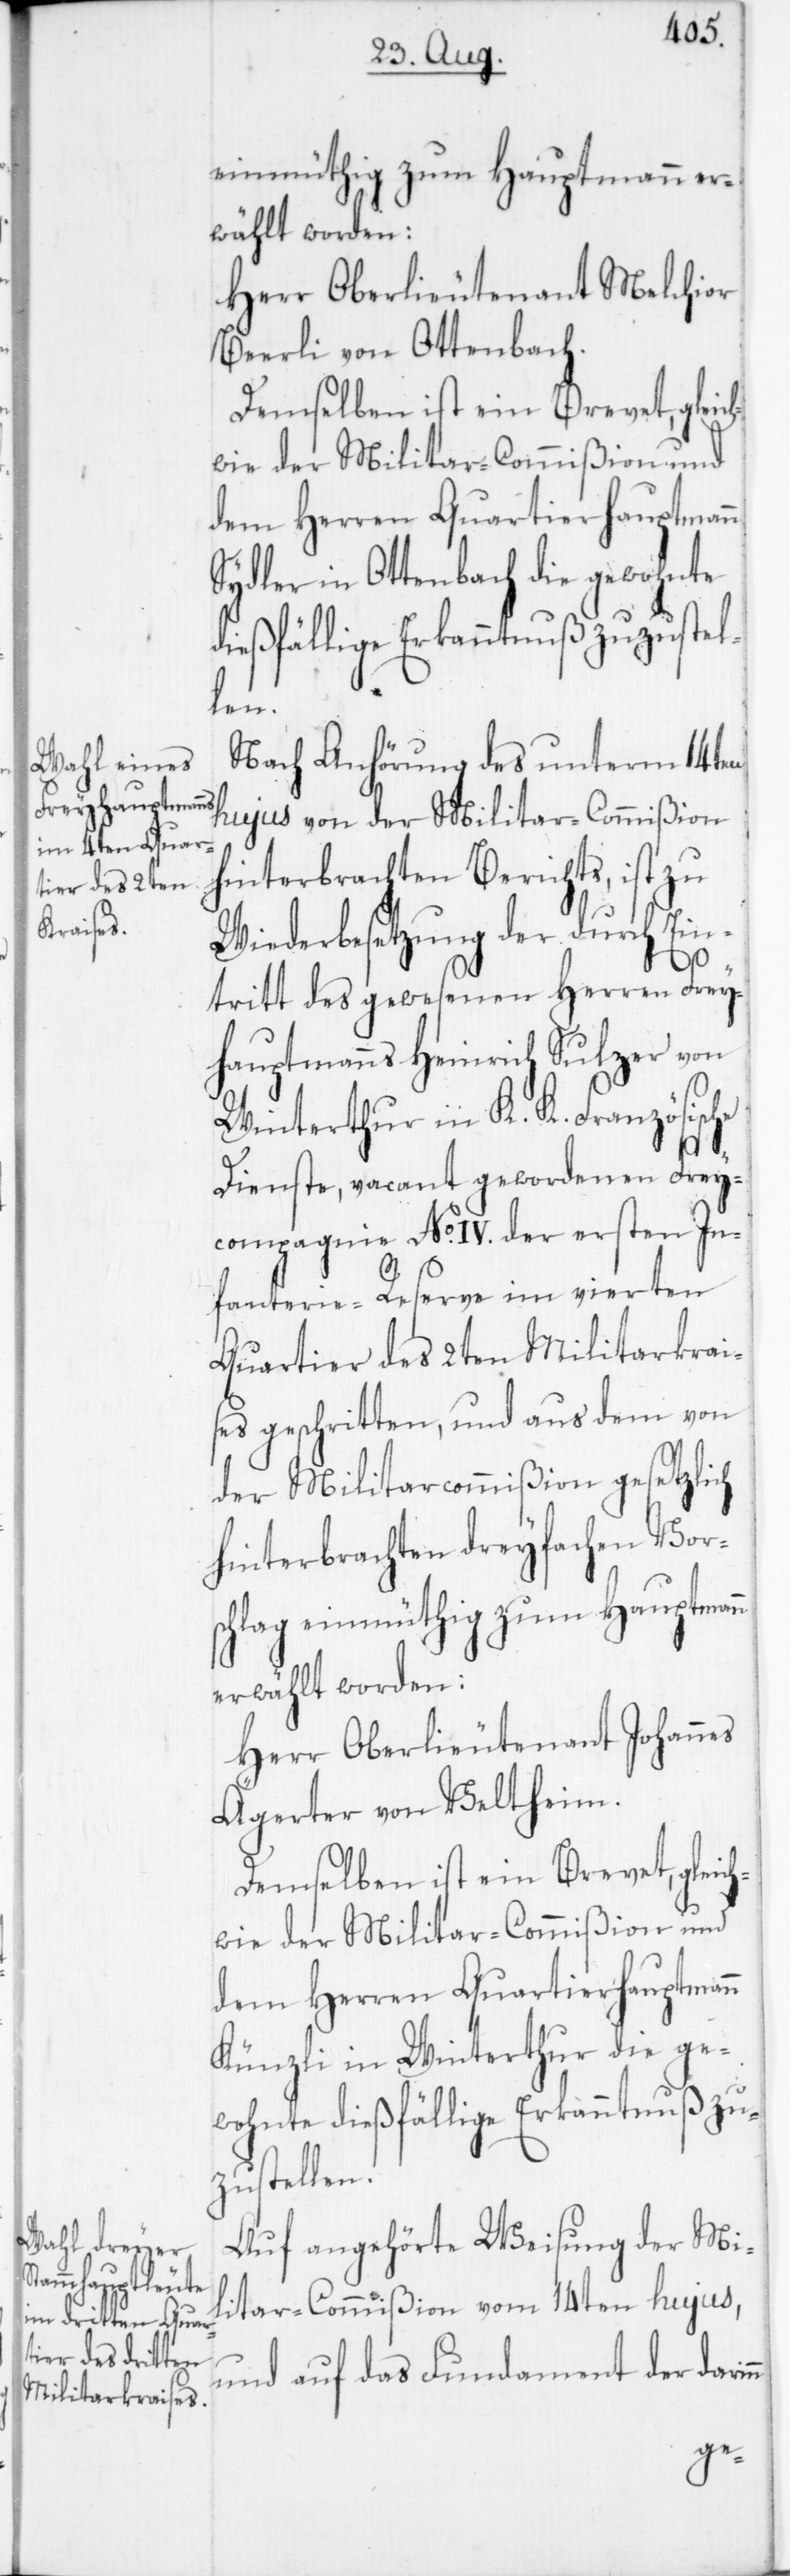
einmüthig zum Hauptmann er¬
wählt worden:
Herr Oberlieutenant Melchior
Beerli von Ottenbach.
Demselben ist ein Brevet, gleich¬
wie der Militar-Commißion und
dem Herren Quartierhauptmann
Sydler in Ottenbach die gewohnte
dießfällige Erkanntnuß zuzustel¬
len.
Nach Anhörung des unterm 14ten
hujus von der Militar-Commißion
hinterbrachten Berichts, ist zu
Wiederbesetzung der durch Ein¬
nn
tritt des gewesenen Herren Frey¬
hauptmanns Heinrich Sulzer von
Winterthur in K. K. Französische
Dienste, vacant gewordenen Frey¬
compagnie No IV. der ersten In¬
fanterie-Reserve im vierten
Quartier des 2ten Militarkrai¬
ses geschritten, und aus dem von
der Militarcommißion gesetzlich
hinterbrachten dreyfachen Vors¬
chlag einmüthig zum Hauptmann
erwählt worden:
Herr Oberlieutenant Johannes
Ägerter von Veltheim.
Künzli in Winterthur die ge¬
wohnte dießfällige Erkanntnuß zu¬
zustellen.
Auf angehörte Weisung der Mi¬
litar-Commißion vom 14ten hujus,
und auf das Fundament der dari¬